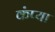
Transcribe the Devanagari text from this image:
कंप्या